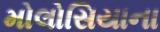
મોલોસિયાના